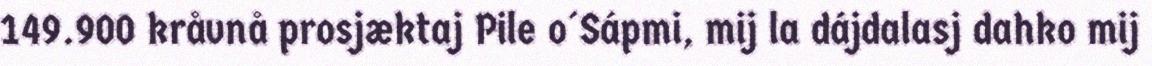
149.900 kråvnå prosjæktaj Pile o´Sápmi, mij la dájdalasj dahko mij